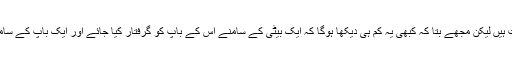
اٹک کے غیور عوام کی تاریخی روایات ہیں لیکن مجھے بتا کہ کبھی یہ کم ہی دیکھا ہوگا کہ ایک بیٹی کے سامنے اس کے باپ کو گرفتار کیا جائے اور ایک باپ کے سامنے اس کی بیٹی کو گرفتار کیا جائے ۔